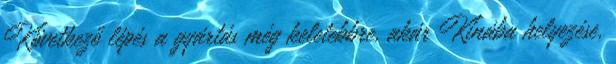
Következő lépés a gyártás még keletebbre, akár Kínába helyezése,